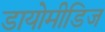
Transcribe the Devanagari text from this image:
डायोमीडिज